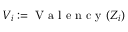
V _ { i } : = \mathrm { ~ V ~ a ~ l ~ e ~ n ~ c ~ y ~ } ( Z _ { i } )